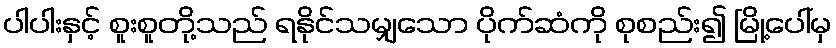
ပါပါးနှင့် စူးစူတို့သည် ရနိုင်သမျှသော ပိုက်ဆံကို စုစည်း၍ မြို့ပေါ်မှ